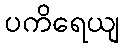
ပကိရေယျ